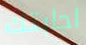
اجابتك